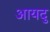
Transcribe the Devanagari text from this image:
आयदु